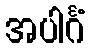
အပါင်္ဂံ